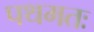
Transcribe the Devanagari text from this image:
पथमतः